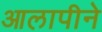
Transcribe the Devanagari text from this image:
आलापीने